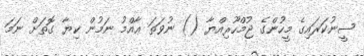
ސީނުކަރައިގެ މީހުންގެ ޖުމްހޫރިއްޔާ () ނުވަތަ ޢާއްމު ނަމުން ކިޔާ ގޮތަށް ނަމަ